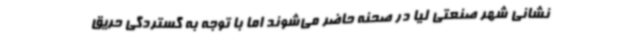
نشانی شهر صنعتی لیا در صحنه حاضر می‌شوند اما با توجه به گستردگی حریق